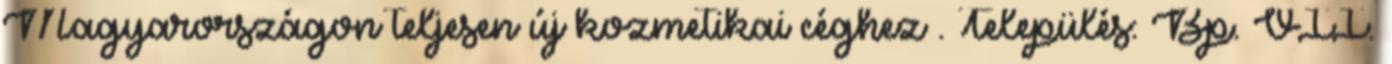
Magyarországon teljesen új kozmetikai céghez . Település: Bp. VII.